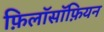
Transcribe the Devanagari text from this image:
फ़िलॉसॉफ़ियन